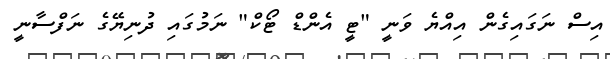
އިސް ނަގައިގެން އިއްޔެ ވަނީ "ޓީ އެންޑް ޓޯކް" ނަމުގައި ދުނިޔޭގެ ނަފްސާނީ